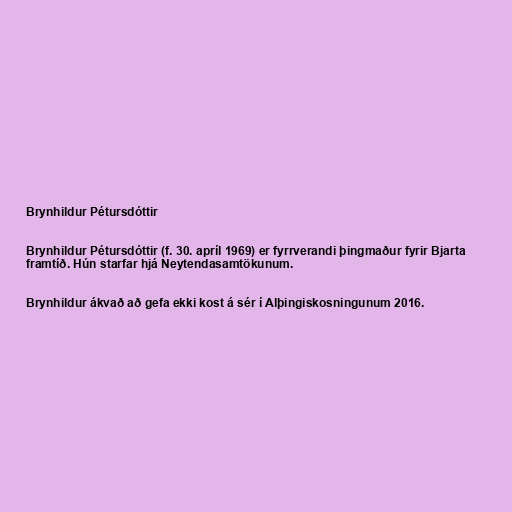
Brynhildur Pétursdóttir

Brynhildur Pétursdóttir (f. 30. apríl 1969) er fyrrverandi þingmaður fyrir Bjarta
framtíð. Hún starfar hjá Neytendasamtökunum.

Brynhildur ákvað að gefa ekki kost á sér í Alþingiskosningunum 2016.